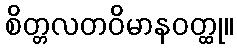
စိတ္တလတဝိမာနဝတ္ထု။